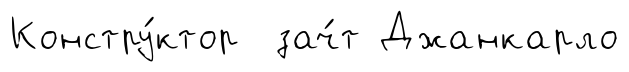
Констру́ктор зач́т Джанкарло